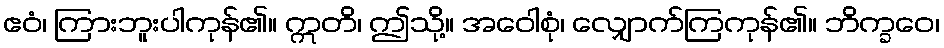
ဧဝံ၊ ကြားဘူးပါကုန်၏။ ဣတိ၊ ဤသို့။ အဝေါစုံ၊ လျှောက်ကြကုန်၏။ ဘိက္ခဝေ၊